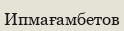
Ипмағамбетов